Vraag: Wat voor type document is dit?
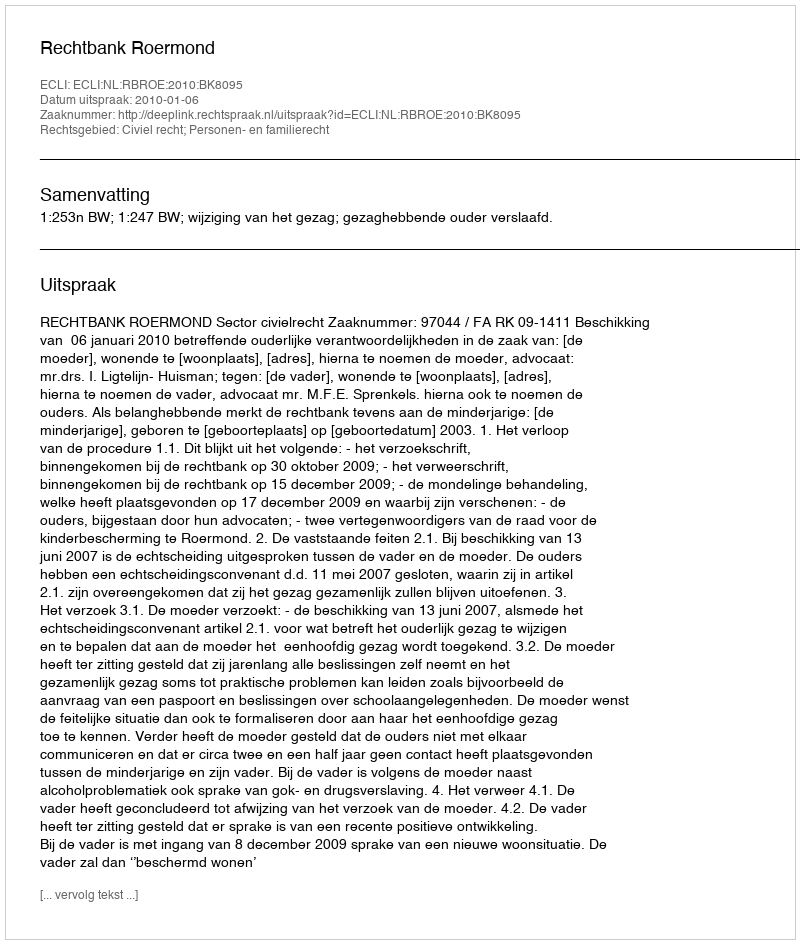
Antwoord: Uitspraak